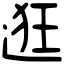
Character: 逛